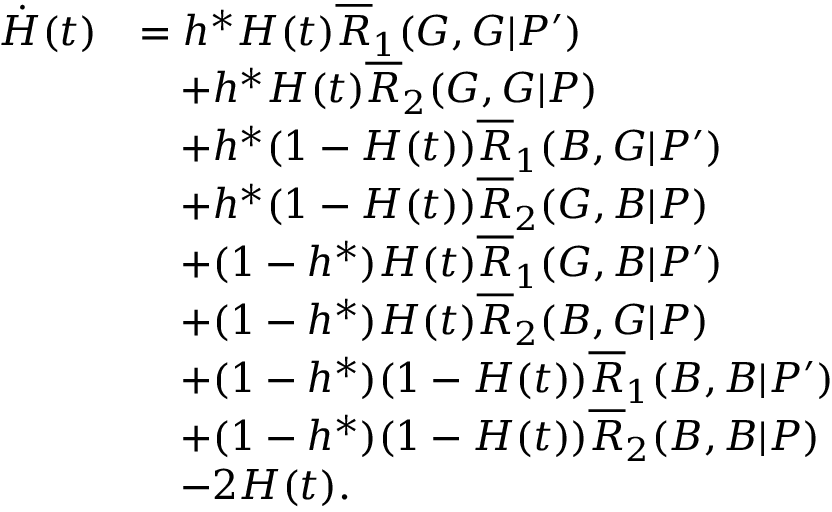
\begin{array} { r l } { \dot { H } ( t ) } & { = h ^ { \ast } H ( t ) \overline { { R } } _ { 1 } ( G , G | P ^ { \prime } ) } \\ & { \quad + h ^ { \ast } H ( t ) \overline { { R } } _ { 2 } ( G , G | P ) } \\ & { \quad + h ^ { \ast } ( 1 - H ( t ) ) \overline { { R } } _ { 1 } ( B , G | P ^ { \prime } ) } \\ & { \quad + h ^ { \ast } ( 1 - H ( t ) ) \overline { { R } } _ { 2 } ( G , B | P ) } \\ & { \quad + ( 1 - h ^ { \ast } ) H ( t ) \overline { { R } } _ { 1 } ( G , B | P ^ { \prime } ) } \\ & { \quad + ( 1 - h ^ { \ast } ) H ( t ) \overline { { R } } _ { 2 } ( B , G | P ) } \\ & { \quad + ( 1 - h ^ { \ast } ) ( 1 - H ( t ) ) \overline { { R } } _ { 1 } ( B , B | P ^ { \prime } ) } \\ & { \quad + ( 1 - h ^ { \ast } ) ( 1 - H ( t ) ) \overline { { R } } _ { 2 } ( B , B | P ) } \\ & { \quad - 2 H ( t ) . } \end{array}